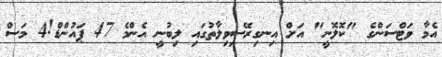
އެމާ ވަޓްސަންގެ "ކޮލޮނީ" އަށް އިނގިރޭސިވިލާތުގައި ލިބުނީ އެންމެ 47 ޕައުންޑް!4 މަސް